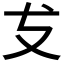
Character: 𭣔